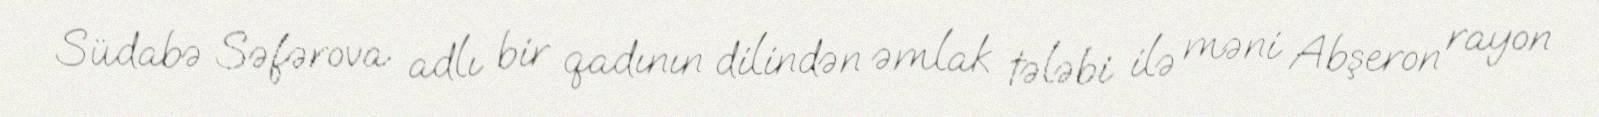
Südabə Səfərova adlı bir qadının dilindən əmlak tələbi ilə məni Abşeron rayon